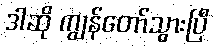
ဒါဆို ကျွန်တော်သွားပြီ